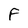
Character: F